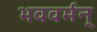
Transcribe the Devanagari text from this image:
भववर्मन्‌